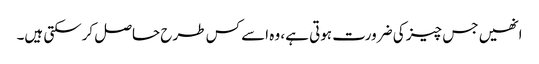
انھیں جس چیز کی ضرورت ہوتی ہے، وہ اسے کس طرح حاصل کرسکتی ہیں۔